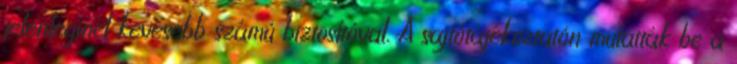
jelenleginél kevesebb számú biztosítóval. A sajtótájékoztatón mutatták be a